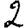
Digit: 2